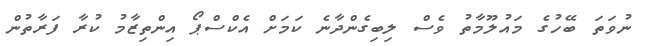
ނުވަތަ ބޭހުގެ މައުލޫމާތު ވެސް ލިބިގެންދާނެ ކަމަށް އެކްސްޕޯ އިންތިޒާމު ކުރާ ފަރާތުން